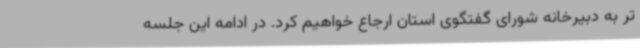
تر به دبیرخانه شورای گفتگوی استان ارجاع خواهیم کرد. در ادامه این جلسه